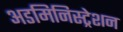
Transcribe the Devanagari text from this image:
अडमिनिस्ट्रेशन